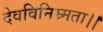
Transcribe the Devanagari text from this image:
देवविनिम्र्मता।।